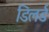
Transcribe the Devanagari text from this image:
डिलर्ड